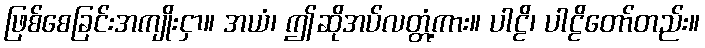
ဖြစ်စေခြင်းအကျိုးငှာ။ အယံ၊ ဤဆိုအပ်လတ္တံ့ကား။ ပါဠိ၊ ပါဠိတော်တည်း။